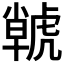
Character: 𮓫